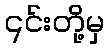
၎င်းတို့မှ